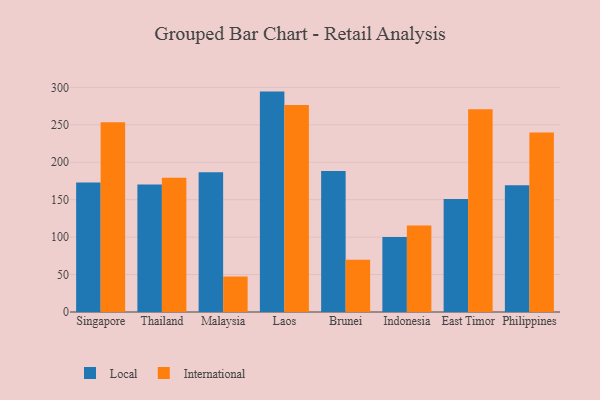
{"axis": {"x": "Country", "y": "Energy Usage (MWh)"}, "legend": ["International", "Local"], "data": [{"x": "Singapore", "y": 173.1, "type": "Local"}, {"x": "Singapore", "y": 253.5, "type": "International"}, {"x": "Thailand", "y": 170.3, "type": "Local"}, {"x": "Thailand", "y": 179.3, "type": "International"}, {"x": "Malaysia", "y": 186.6, "type": "Local"}, {"x": "Malaysia", "y": 47.4, "type": "International"}, {"x": "Laos", "y": 294.4, "type": "Local"}, {"x": "Laos", "y": 276.5, "type": "International"}, {"x": "Brunei", "y": 188.4, "type": "Local"}, {"x": "Brunei", "y": 69.7, "type": "International"}, {"x": "Indonesia", "y": 100.1, "type": "Local"}, {"x": "Indonesia", "y": 115.7, "type": "International"}, {"x": "East Timor", "y": 150.9, "type": "Local"}, {"x": "East Timor", "y": 270.7, "type": "International"}, {"x": "Philippines", "y": 169.3, "type": "Local"}, {"x": "Philippines", "y": 239.8, "type": "International"}]}